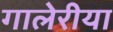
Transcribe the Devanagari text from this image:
गालेरीया